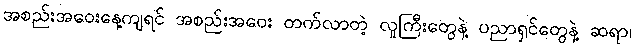
အစည်းအဝေးနေ့ကျရင် အစည်းအဝေး တက်လာတဲ့ လူကြီးတွေနဲ့ ပညာရှင်တွေနဲ့ ဆရာ၊